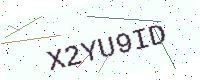
Text: X2YU9ID